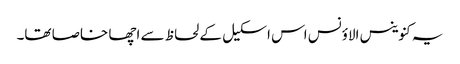
یہ کنوینس الاؤنس اس اسکیل کے لحاظ سے اچھا خاصا تھا۔